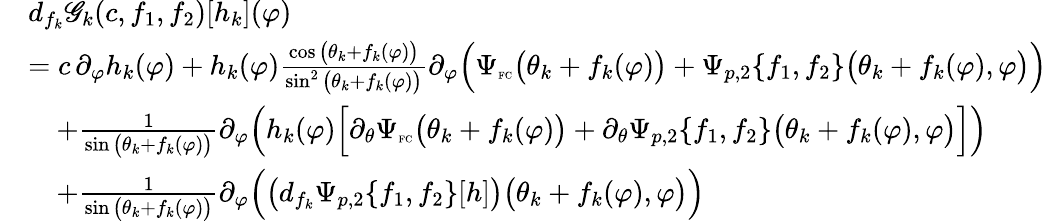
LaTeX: \begin{array}{rl}&{d_{f_{k}}\mathscr{G}_{k}(c,f_{1},f_{2})[h_{k}](\varphi)}\\ &{=c\, \partial_{\varphi}h_{k}(\varphi)+h_{k}(\varphi)\frac{\cos\big(\theta_{k}+f_{k}(\varphi)\big)}{\sin^{2}\big(\theta_{k}+f_{k}(\varphi)\big)}\partial_{\varphi}\Big(\Psi_{\textnormal{\tiny{FC}}}\big(\theta_{k}+f_{k}(\varphi)\big)+\Psi_{p,2}\{ f_{1},f_{2}\} \big(\theta_{k}+f_{k}(\varphi),\varphi\big)\Big)}\\ &{\quad+\frac{1}{\sin\big(\theta_{k}+f_{k}(\varphi)\big)}\partial_{\varphi}\Big(h_{k}(\varphi)\Big[\partial_{\theta}\Psi_{\textnormal{\tiny{FC}}}\big(\theta_{k}+f_{k}(\varphi)\big)+\partial_{\theta}\Psi_{p,2}\{ f_{1},f_{2}\} \big(\theta_{k}+f_{k}(\varphi),\varphi\big)\Big]\Big)}\\ &{\quad+\frac{1}{\sin\big(\theta_{k}+f_{k}(\varphi)\big)}\partial_{\varphi}\Big(\big(d_{f_{k}}\Psi_{p,2}\{ f_{1},f_{2}\} [h]\big)\big(\theta_{k}+f_{k}(\varphi),\varphi\big)\Big)}\end{array}